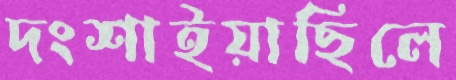
দংশাইয়াছিলে